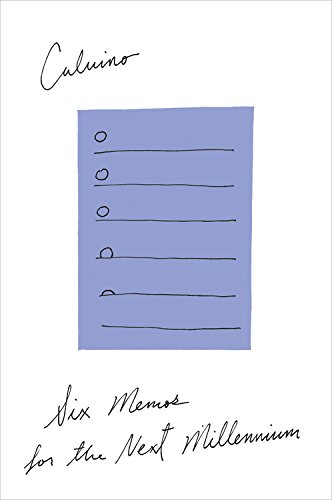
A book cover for Six Memos for the Next Millennium; Italo Calvino; Literature & Fiction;